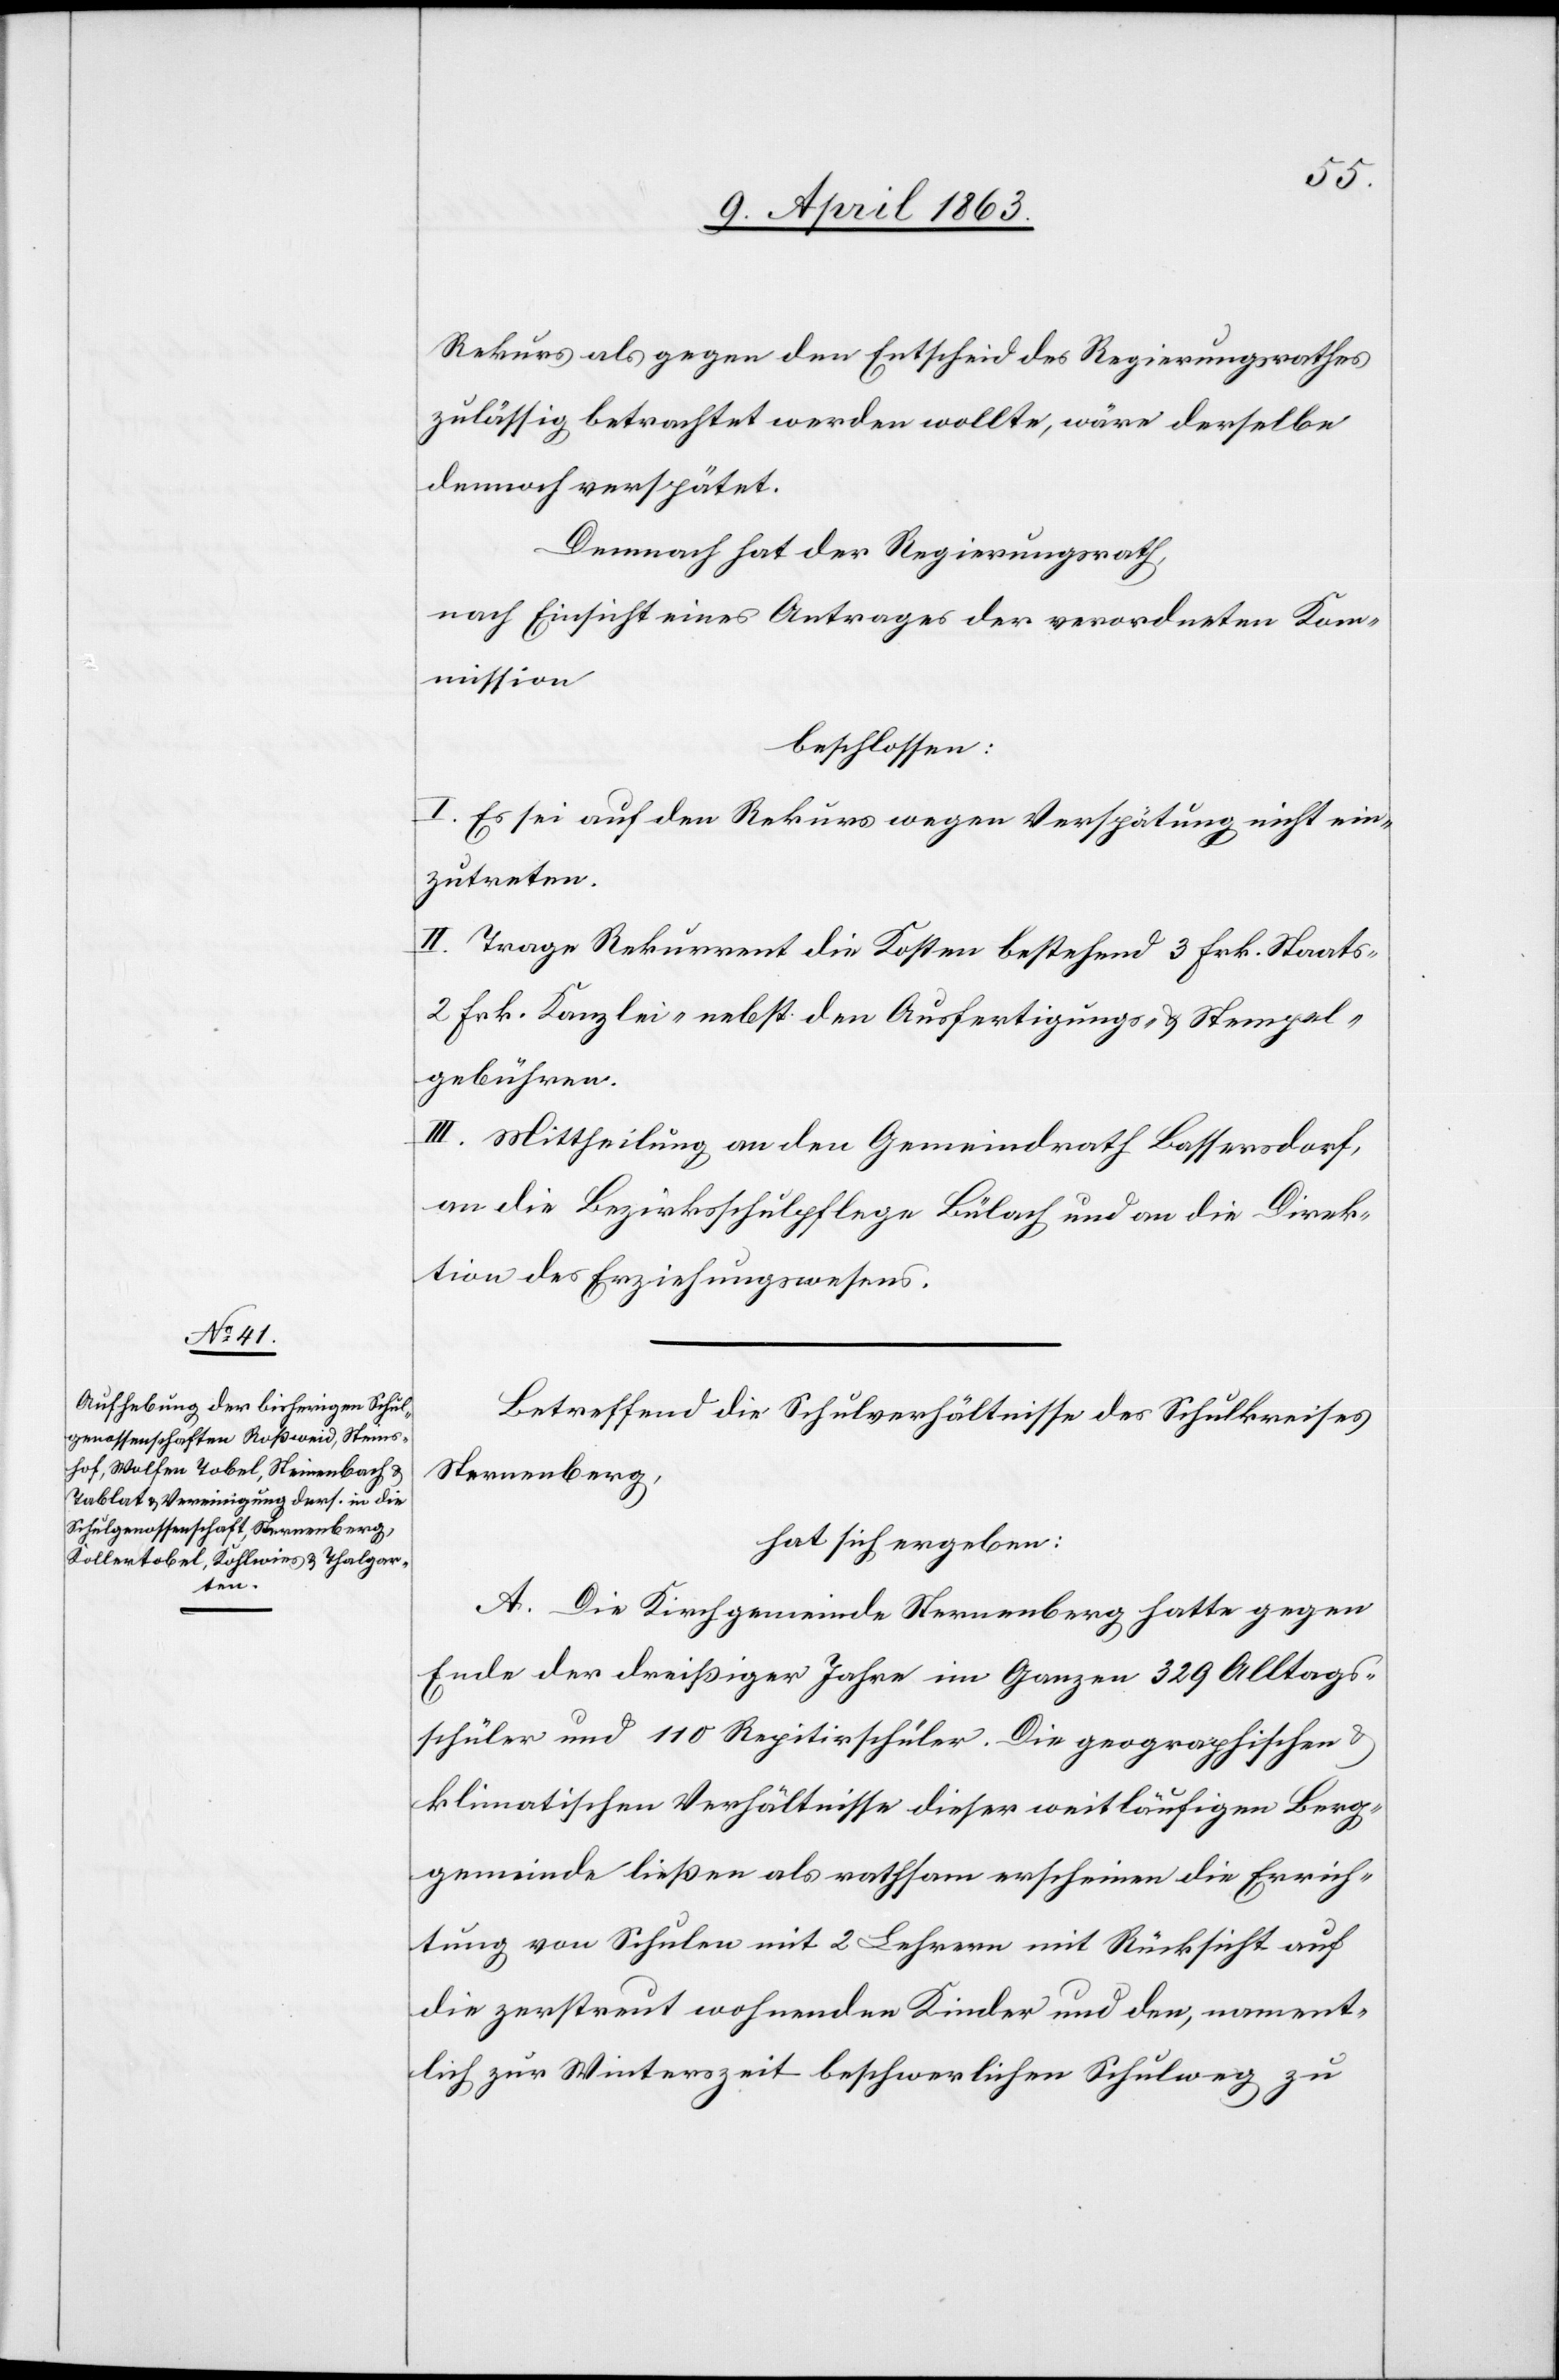
Rekurs als gegen den Entscheid des Regierungsrathes
zulässig betrachtet werden wollte, wäre derselbe
dennoch verspätet.
Demnach hat der Regierungsrath,
nach Einsicht eines Antrages der verordneten Kom¬
mission
beschlossen:
I. Es sei auf den Rekurs wegen Verspätung nicht ein¬
zutreten.
II. Trage Rekurrent die Kosten bestehend 3 Frk. Staats-[,]
2 Frk. Kanzlei- nebst den Ausfertigungs- & Stempel¬
gebühren.
III. Mittheilung an den Gemeindrath Bassersdorf,
an die Bezirksschulpflege Bülach und an die Direk¬
tion des Erziehungswesens.
Betreffend die Schulverhältnisse des Schulkreises
Sternenberg,
hat sich ergeben:
A. Die Kirchgemeinde Sternenberg hatte gegen
Ende der dreißiger Jahre im Ganzen 329 Alltags¬
schüler und 110 Repitirschüler. Die geographischen &
klimatischen Verhältnisse dieser weitläufigen Berg¬
gemeinde ließen als rathsam erscheinen die Errich¬
tung von Schulen mit 2 Lehrern mit Rücksicht auf
die zerstreut wohnenden Kinder und den, nament¬
lich zur Winterszeit beschwerlichen Schulweg zu